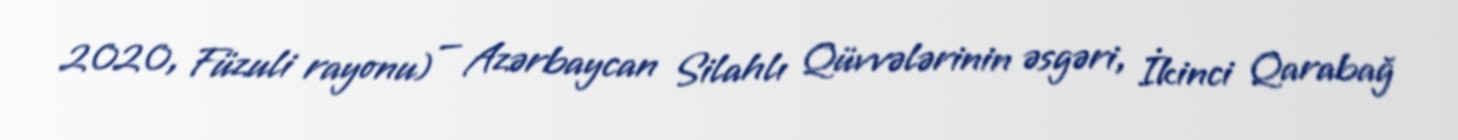
2020, Füzuli rayonu) — Azərbaycan Silahlı Qüvvələrinin əsgəri, İkinci Qarabağ